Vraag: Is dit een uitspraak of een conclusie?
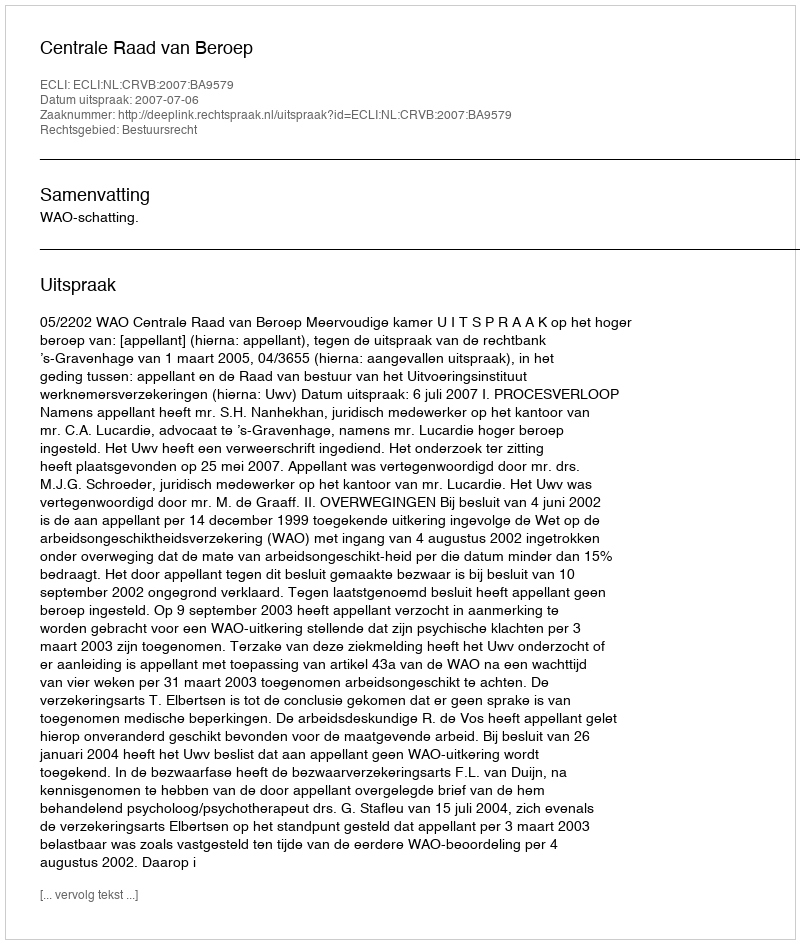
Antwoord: Uitspraak